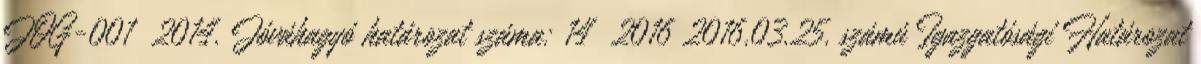
JOG-001 2014. Jóváhagyó határozat száma: 14 2016 2016.03.25. számú Igazgatósági Határozat